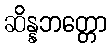
ဆိန္နဘတ္တော